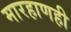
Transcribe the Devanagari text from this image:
मारहाणही